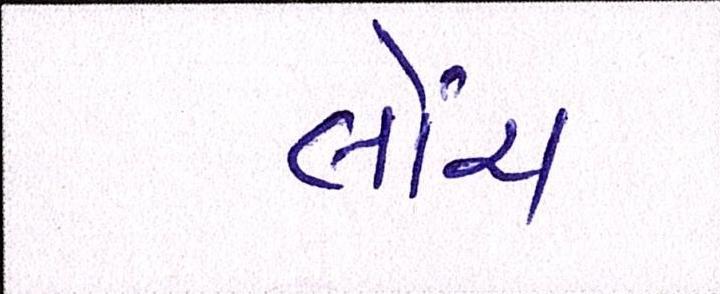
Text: લોંચ